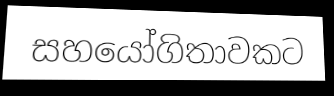
සහයෝගිතාවකට